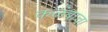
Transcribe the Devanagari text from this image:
कळंबाचा